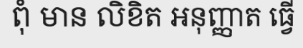
ពុំ មាន លិខិត អនុញ្ញាត ធ្វើ